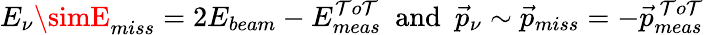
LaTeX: E_{\nu}\simE_{miss}=2E_{beam}-E_{meas}^{\mathcal{T}o\mathcal{T}}~~\mathrm{{and}}~~\vec{{p}}_{\nu}\sim\vec{{p}}_{miss}=-\vec{{p}}_{meas}^{~\mathcal{T}o\mathcal{T}}